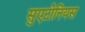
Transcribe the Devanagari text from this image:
सुएटोनियस